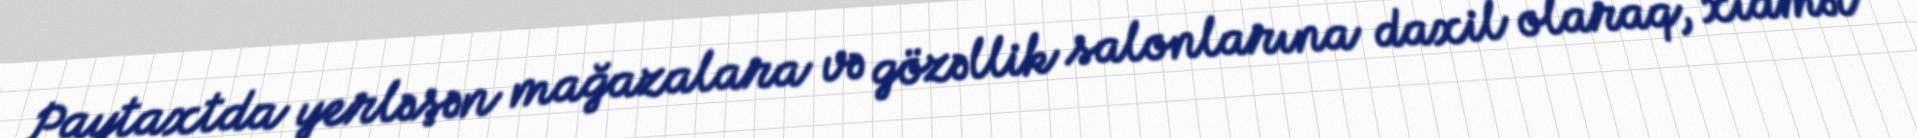
Paytaxtda yerləşən mağazalara və gözəllik salonlarına daxil olaraq, xidmət